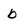
Character: b